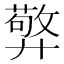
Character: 㢣